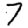
Digit: 7